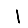
Digit: 1